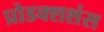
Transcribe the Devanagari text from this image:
प्रोडक्शशंस